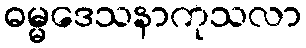
ဓမ္မဒေသနာကုသလာ